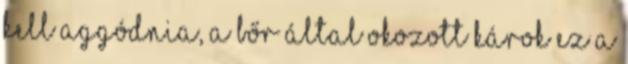
kell aggódnia, a bőr által okozott károk ez a